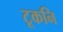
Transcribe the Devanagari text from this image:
टूकनि